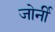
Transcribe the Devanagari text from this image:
जोर्नी